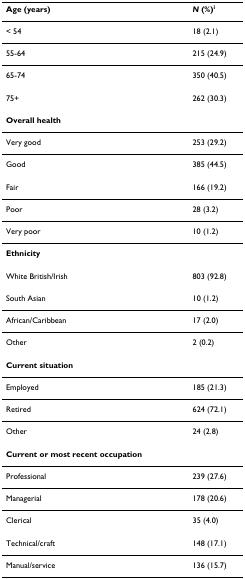
| Age (years) | N (%)i |
 | --- | --- |
 | < 54 | 18 (2.1) |
 | 55-64 | 215 (24.9) |
 | 65-74 | 350 (40.5) |
 | 75+ | 262 (30.3) |
 | Overall health |  |
 | Very good | 253 (29.2) |
 | Good | 385 (44.5) |
 | Fair | 166 (19.2) |
 | Poor | 28 (3.2) |
 | Very poor | 10 (1.2) |
 | Ethnicity |  |
 | White British/Irish | 803 (92.8) |
 | South Asian | 10 (1.2) |
 | African/Caribbean | 17 (2.0) |
 | Other | 2 (0.2) |
 | Current situation |  |
 | Employed | 185 (21.3) |
 | Retired | 624 (72.1) |
 | Other | 24 (2.8) |
 | Current or most recent occupation |  |
 | Professional | 239 (27.6) |
 | Managerial | 178 (20.6) |
 | Clerical | 35 (4.0) |
 | Technical/craft | 148 (17.1) |
 | Manual/service | 136 (15.7) |